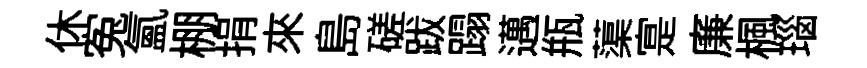
休寃氲棚捐來島磋跋蹋邁瓶蕖寔廉楓瑙